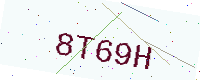
Text: 8T69H